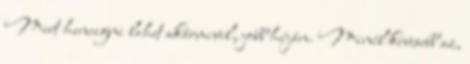
Mert hencegni lehet akármivel, jobb híján. Minél kevesebb az,